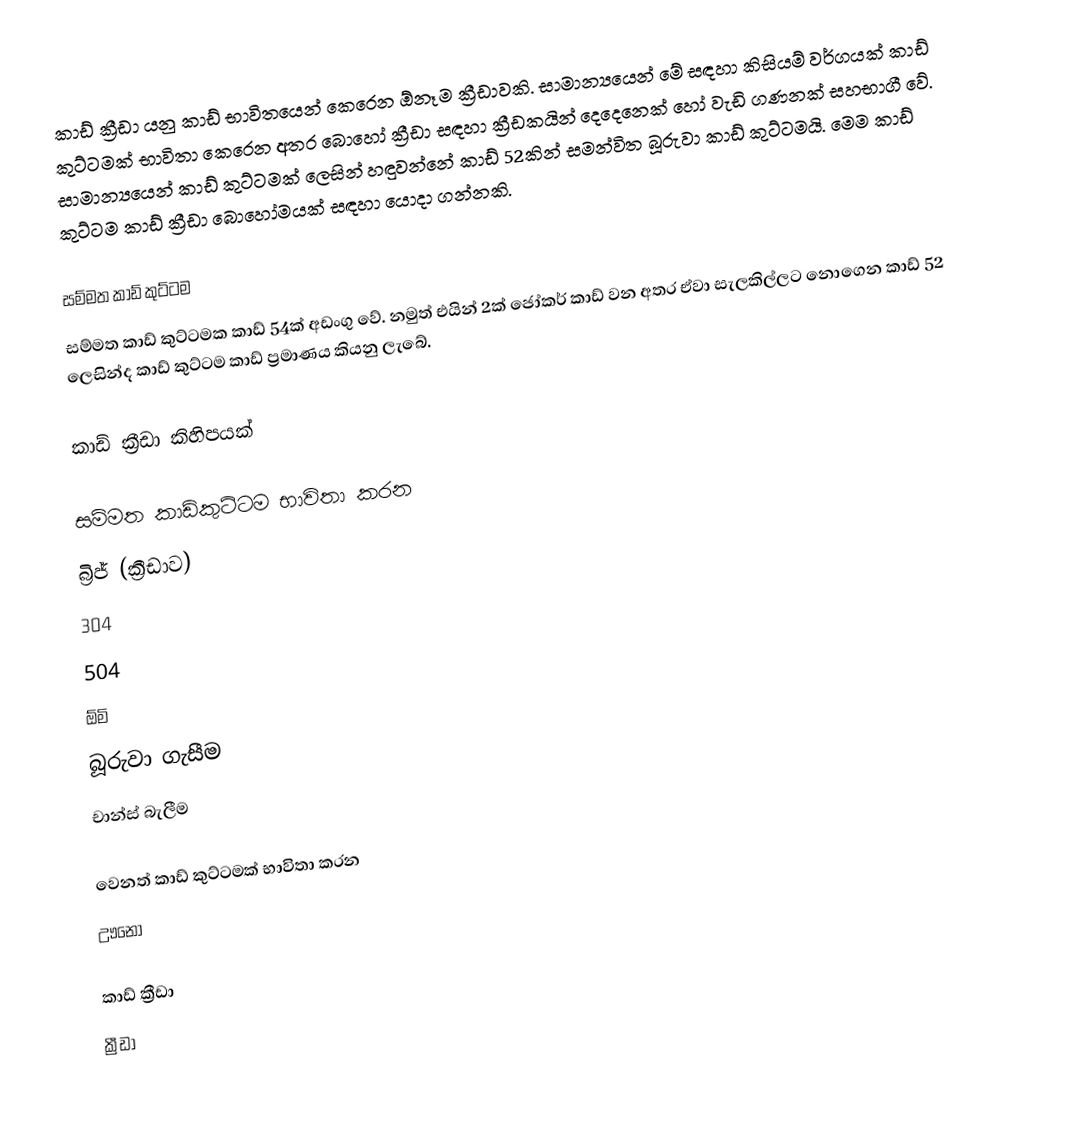
කාඩ් ක්‍රීඩා යනු කාඩ් භාවිතයෙන් කෙරෙන ඕනෑම ක්‍රීඩාවකි. සාමාන්‍යයෙන් මේ සඳහා කිසියම් වර්ගයක් කාඩ් කුට්ටමක් භාවිතා කෙරෙන අතර බොහෝ ක්‍රීඩා සඳහා ක්‍රීඩකයින් දෙදෙනෙක් හෝ වැඩි ගණනක් සහභාගී වේ. සාමාන්‍යයෙන් කාඩ් කුට්ටමක් ලෙසින් හඳුවන්නේ කාඩ් 52කින් සමන්විත බූරුවා කාඩ් කුට්ටමයි. මෙම කාඩ් කුට්ටම කාඩ් ක්‍රීඩා බොහෝමයක් සඳහා යොදා ගන්නකි.

සම්මත කාඩ් කුට්ටම
සම්මත කාඩ් කුට්ටමක කාඩ් 54ක් අඩංගු වේ. නමුත්  එයින් 2ක් ජෝකර් කාඩ් වන අතර  ඒවා සැලකිල්ලට නොගෙන කාඩ් 52 ලෙසින්ද කාඩ් කුට්ටම කාඩ් ප්‍රමාණය කියනු ලැබේ.

කාඩ් ක්‍රීඩා කිහිපයක්

සම්මත කාඩ්කුට්ටම භාවිතා කරන
 බ්‍රිජ් (ක්‍රීඩාව)
 304
504
ඕමි
 බූරුවා ගැසීම
චාන්ස් බැලීම

වෙනත් කාඩ් කුට්ටමක් භාවිතා කරන
ඌනෝ

කාඩ් ක්‍රීඩා
ක්‍රීඩා